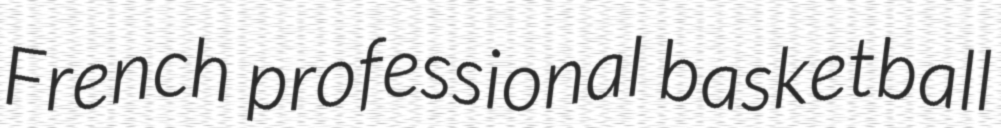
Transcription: French professional basketball